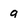
Character: 9